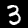
Label: 3